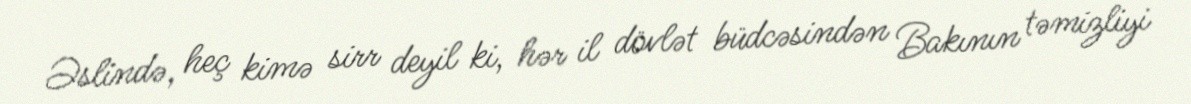
Əslində, heç kimə sirr deyil ki, hər il dövlət büdcəsindən Bakının təmizliyi